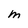
Character: M